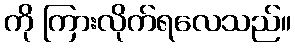
ကို ကြားလိုက်ရလေသည်။